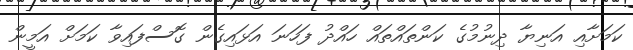
ކަމަށާއި އަނިޔާ ދިނުމުގެ ކަންތައްތައް ހައްދު ފަހަނަ އަޅައިގެން ގޮސްފައިވާ ކަމަށް އަމީން